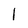
Character: l